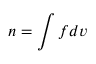
n = \int f d v